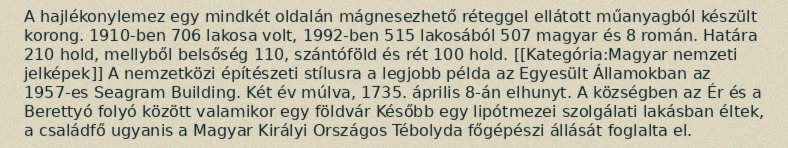
A hajlékonylemez egy mindkét oldalán mágnesezhető réteggel ellátott műanyagból készült korong. 1910-ben 706 lakosa volt, 1992-ben 515 lakosából 507 magyar és 8 román. Határa 210 hold, mellyből belsőség 110, szántóföld és rét 100 hold. [[Kategória:Magyar nemzeti jelképek]] A nemzetközi építészeti stílusra a legjobb példa az Egyesült Államokban az 1957-es Seagram Building. Két év múlva, 1735. április 8-án elhunyt. A községben az Ér és a Berettyó folyó között valamikor egy földvár Később egy lipótmezei szolgálati lakásban éltek, a családfő ugyanis a Magyar Királyi Országos Tébolyda főgépészi állását foglalta el.